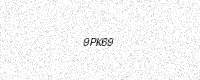
Text: 9PK69